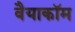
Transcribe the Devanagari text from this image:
वैयाकॉम